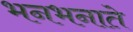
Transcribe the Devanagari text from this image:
भनभनाते